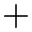
+